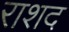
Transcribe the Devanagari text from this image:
राशद